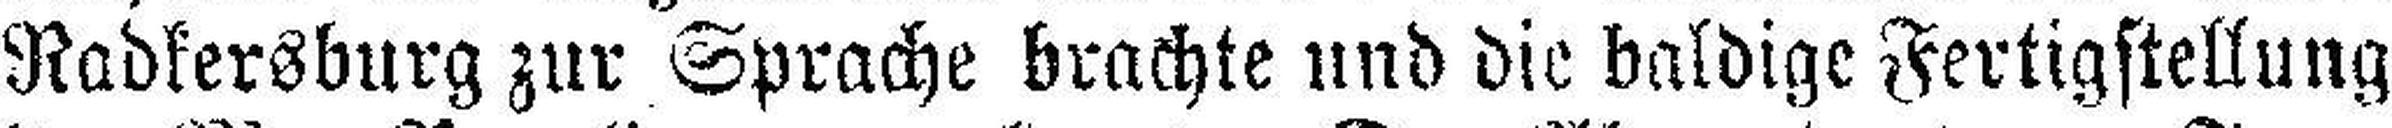
Radkersburg zur Sprache brachte und die baldige Fertigstellung